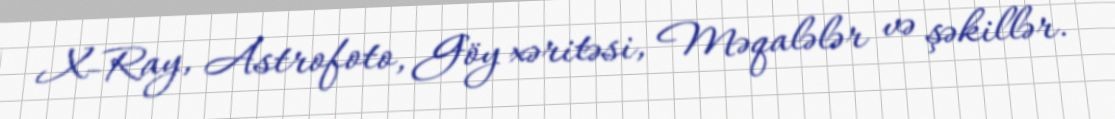
X-Ray, Astrofoto, Göy xəritəsi, Məqalələr və şəkillər.